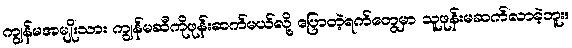
ကျွန်မအမျိုးသား ကျွန်မဆီကိုဖုန်းဆက်မယ်လို့ ပြောတဲ့ရက်တွေမှာ သူဖုန်းမဆက်လာခဲ့ဘူး။